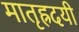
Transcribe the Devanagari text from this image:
मातृह्रदयी